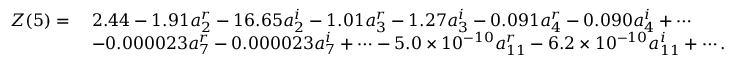
\begin{array} { r l } { Z ( 5 ) = \mathstrut } & { 2 . 4 4 - 1 . 9 1 a _ { 2 } ^ { r } - 1 6 . 6 5 a _ { 2 } ^ { i } - 1 . 0 1 a _ { 3 } ^ { r } - 1 . 2 7 a _ { 3 } ^ { i } - 0 . 0 9 1 a _ { 4 } ^ { r } - 0 . 0 9 0 a _ { 4 } ^ { i } + \cdots } \\ & { - 0 . 0 0 0 0 2 3 a _ { 7 } ^ { r } - 0 . 0 0 0 0 2 3 a _ { 7 } ^ { i } + \cdots - 5 . 0 \times 1 0 ^ { - 1 0 } a _ { 1 1 } ^ { r } - 6 . 2 \times 1 0 ^ { - 1 0 } a _ { 1 1 } ^ { i } + \cdots . } \end{array}